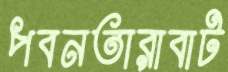
পবনতারাবাট